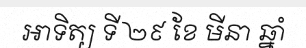
អាទិត្យ ទី ២៩ ខែ មីនា ឆ្នាំ